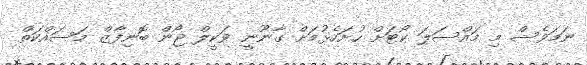
ނަމަވެސް މި މައްސަލަ ކޯޓަށް ހުށަހެޅުމަށް ގާނޫނީ ވަކީލް ޖޯން ބޮނިފާޒް މަސައްކަތް